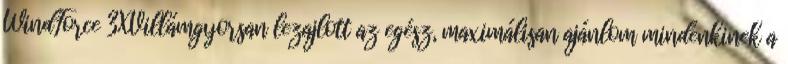
WindForce 3XVillámgyorsan lezajlott az egész, maximálisan ajánlom mindenkinek a